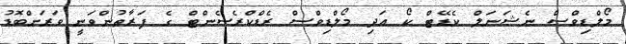
މޯލްޑިވްސް ނެޝަނަލް ކެޑޭޓް ކޯ އަދި މޯލްޑިވްސް ރެޑްކްރެސެންޓް ގެ ފަރާތުންވަނީ ވަރަށްބޮޑު